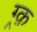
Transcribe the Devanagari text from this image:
ग्र्क़